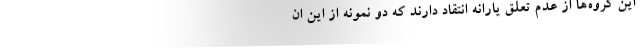
این گروه‌ها از عدم تعلق یارانه انتقاد دارند که دو نمونه از این ان